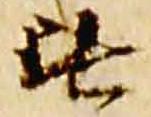
無